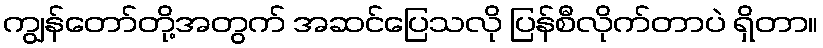
ကျွန်တော်တို့အတွက် အဆင်ပြေသလို ပြန်စီလိုက်တာပဲ ရှိတာ။